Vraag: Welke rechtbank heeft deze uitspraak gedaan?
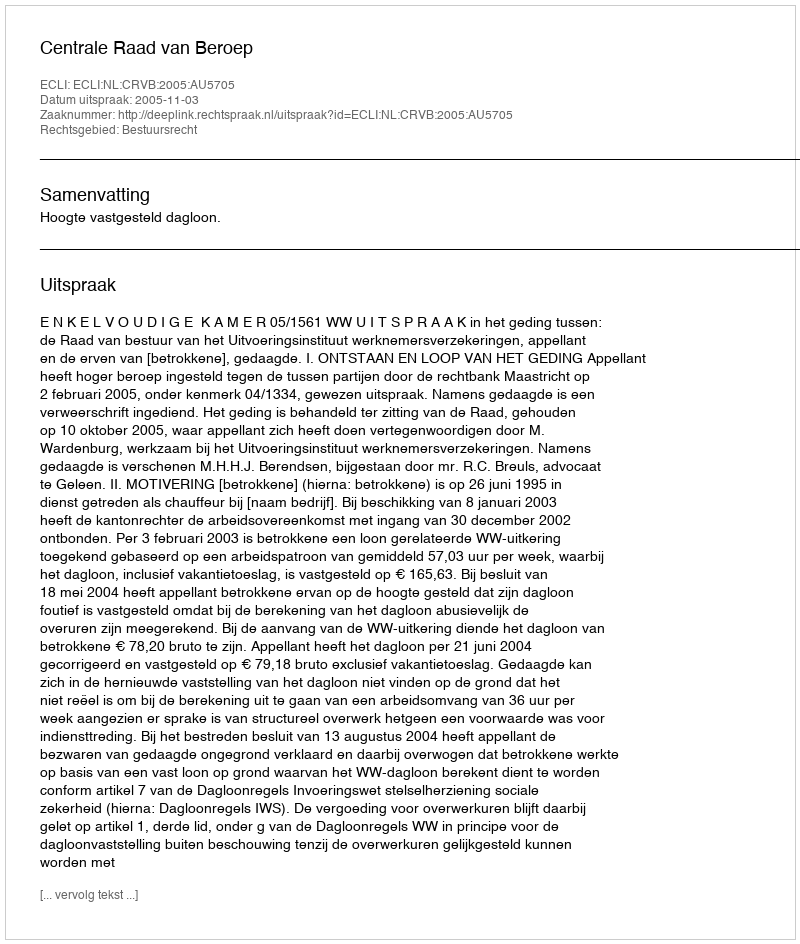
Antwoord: Centrale Raad van Beroep